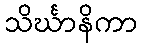
သိင်္ဃာနိကာ